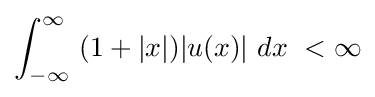
\int _{-\infty }^{\infty }\ (1+|x|)|u(x)|\ dx\ <\infty